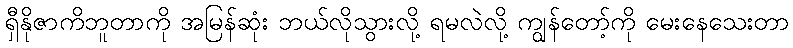
ရှီနိုဇာကိဘူတာကို အမြန်ဆုံး ဘယ်လိုသွားလို့ ရမလဲလို့ ကျွန်တော့်ကို မေးနေသေးတာ